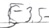
Text: E3.5